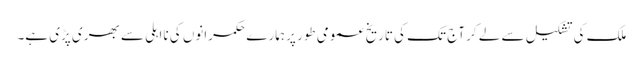
ملک کی تشکیل سے لے کر آج تک کی تاریخ عمومی طور پر ہمارے حکمرانوں کی نااہلی سے بھری پڑی ہے۔